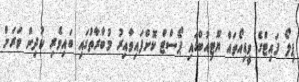
ޕިލޯ ފައިޓްގެ ވީޑިއޯތައް ޔޫޓިއުބްގައި ޕޯސްޓް ކޮށްފައިވާއިރު މުބާރާތުގައި ބައިވެރި ކުދިން ވަރަށް